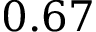
0 . 6 7